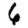
Digit: 6